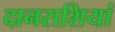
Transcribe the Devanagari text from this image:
दानराशियां